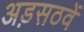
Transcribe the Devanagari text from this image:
अड़सठवें